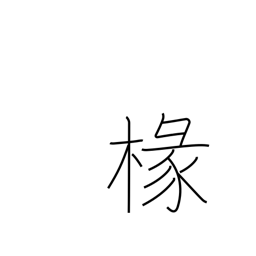
Meaning: porch